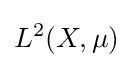
L^{2}(X,\mu )